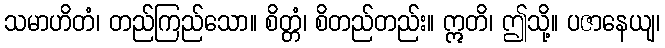
သမာဟိတံ၊ တည်ကြည်သော။ စိတ္တံ၊ စိတည်တည်း။ ဣတိ၊ ဤသို့။ ပဇာနေယျ၊